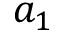
a _ { 1 }